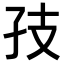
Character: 𪦶